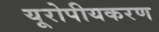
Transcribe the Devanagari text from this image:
यूरोपीयकरण